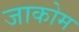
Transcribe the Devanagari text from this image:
जाकोम